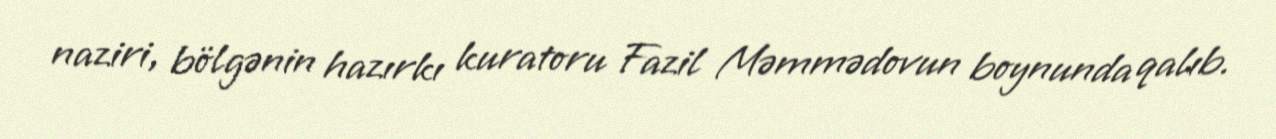
naziri, bölgənin hazırkı kuratoru Fazil Məmmədovun boynunda qalıb.